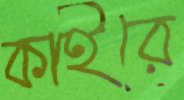
কাইরে